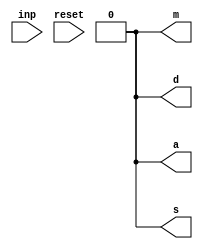
module operation_inputs (
  output reg a,
  output reg s,
  output reg m,
  output reg d,
  input [3:0] inp,
  input reset
);

  reg flag; // Internal signal to control operations

  always @ (reset) begin
    a <= 1'b0;
    s <= 1'b0;
    m <= 1'b0;
    d <= 1'b0;
    flag <= 1'b0; // Initialize flag
  end

  always @ (inp) begin
    if (flag == 1'b0) begin
      case (inp)
        4'b0001: // Addition
          begin
            a <= 1'b1;
            s <= 1'b0;
            m <= 1'b0;
            d <= 1'b0;
            flag <= 1'b1;
          end
        4'b0010: // Subtraction
          begin
            a <= 1'b0;
            s <= 1'b1;
            m <= 1'b0;
            d <= 1'b0;
            flag <= 1'b1;
          end
        4'b0100: // Multiplication
          begin
            a <= 1'b0;
            s <= 1'b0;
            m <= 1'b1;
            d <= 1'b0;
            flag <= 1'b1;
          end
        4'b1000: // Division
          begin
            a <= 1'b0;
            s <= 1'b0;
            m <= 1'b0;
            d <= 1'b1;
            flag <= 1'b1;
          end
      endcase
    end
  end
endmodule